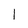
Character: 1